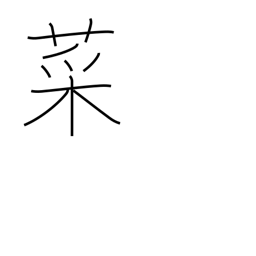
Meaning: greens